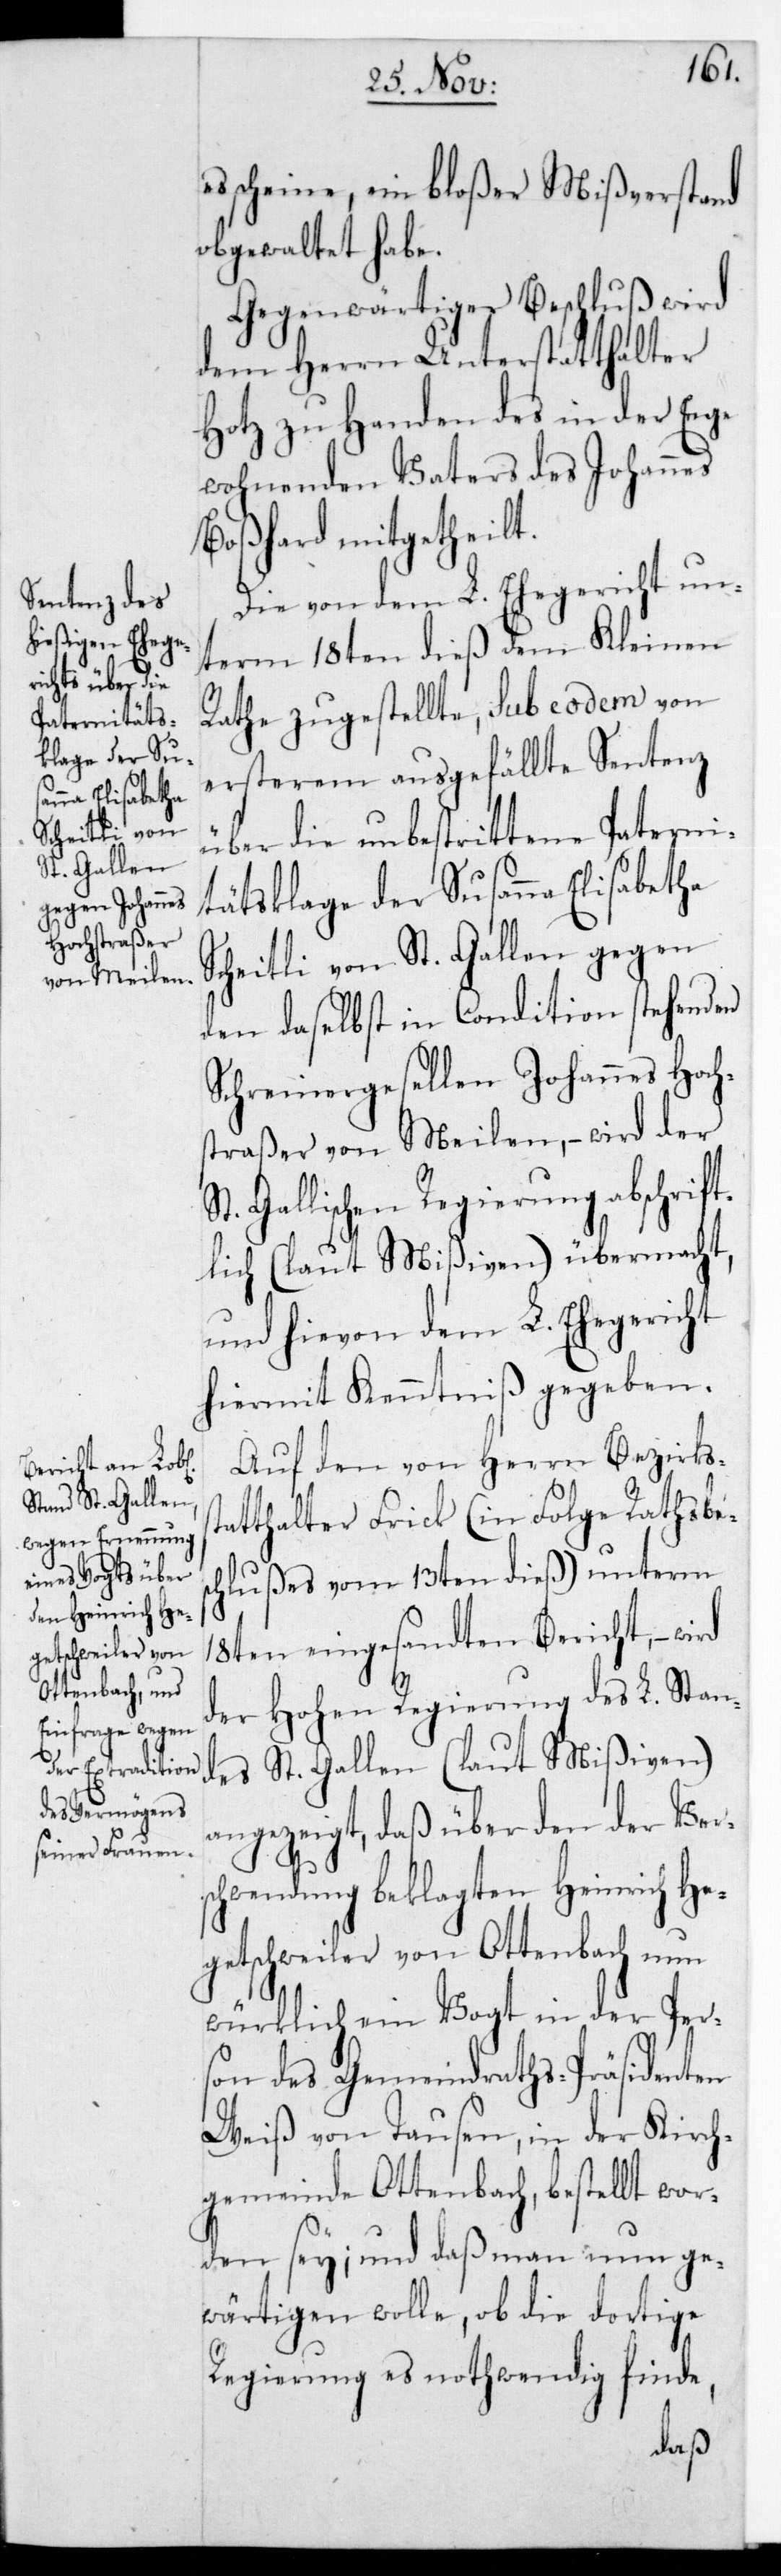
st¬
es scheine, ein bloßer Mißverstand
obgewaltet habe.
Gegenwärtiger Beschluß wird
dem Herrn Unterstatthalter
Hotz zu Handen des in der Enge
wohnenden Vaters des Johannes
Boßhard mitgetheilt.
Die von dem L. Ehegericht un¬
term 18ten dieß dem Kleinen
Rathe zugestellte, sub eodem von
ersterem ausgefällte Sentenz
über die unbestrittene Paterni¬
tätsklage der Susanna Elisabetha
Scheitli von St. Gallen gegen
den daselbst in Condition stehenden
Schreinergesellen Johannes Hoch¬
straßer von Meilen, – wird der
t. Gallischen Regierung abschrift¬
lich (laut Mißiven) übermacht,
und hievon dem L. Ehegericht
hiermit Kenntniß gegeben.
Auf den von Herrn Bezirks¬
atthalter Frick (in Folge Rathsbes¬
chlußes vom 13ten dieß) unterm
18ten eingesandten Bericht, –
der Hohen Regierung des L. Stand¬
es St. Gallen (laut Mißiven)
angezeigt, daß über den der Vers¬
chwendung beklagten Heinrich He¬
getschweiler von Ottenbach nun
würklich ein Vogt in der Per¬
son des Gemeindraths-Präsidenten
Weiß von Tausen in der Kirch¬
gemeinde Ottenbach, bestellt wor¬
den sey; und daß man nun ge¬
wärtigen wolle, ob die dortige
Regierung es nothwendig finde,